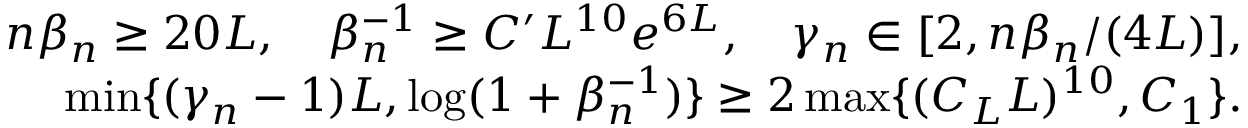
\begin{array} { r l r } & { } & { n \beta _ { n } \geq 2 0 L , \quad \beta _ { n } ^ { - 1 } \geq C ^ { \prime } L ^ { 1 0 } e ^ { 6 L } , \quad \gamma _ { n } \in [ 2 , n \beta _ { n } \slash ( 4 L ) ] , } \\ & { } & { \operatorname* { m i n } \{ ( \gamma _ { n } - 1 ) L , \log ( 1 + \beta _ { n } ^ { - 1 } ) \} \geq 2 \operatorname* { m a x } \{ ( C _ { L } L ) ^ { 1 0 } , C _ { 1 } \} . } \end{array}